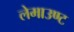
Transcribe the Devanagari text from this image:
लेमाउण्ट